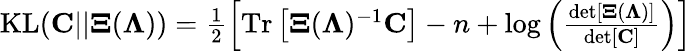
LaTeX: \begin{array}{r}{\mathrm{KL}({\mathbf C}||{\mathbf\Xi}({\mathbf\Lambda}))=\frac{1}{2}\left[\mathrm{Tr}\left[{\mathbf\Xi}({\mathbf\Lambda})^{-1}{\mathbf C}\right]-n+\log\left(\frac{\mathrm{det}\left[{\mathbf\Xi}({\mathbf\Lambda})\right]}{\mathrm{det}\left[{\mathbf C}\right]}\right)\right]}\end{array}